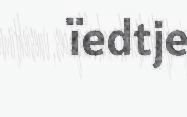
ïedtje